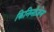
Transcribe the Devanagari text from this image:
किनिनोज़ेन